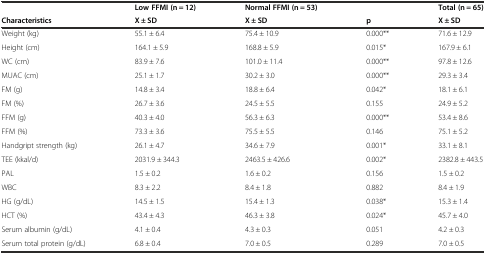
|  | Low FFMI (n = 12) | Normal FFMI (n = 53) |  | Total (n = 65) |
 | Characteristics | X ± SD | X ± SD | p | X ± SD |
 | --- | --- | --- | --- | --- |
 | Weight (kg) | 55.1 ± 6.4 | 75.4 ± 10.9 | 0.000** | 71.6 ± 12.9 |
 | Height (cm) | 164.1 ± 5.9 | 168.8 ± 5.9 | 0.015* | 167.9 ± 6.1 |
 | WC (cm) | 83.9 ± 7.6 | 101.0 ± 11.4 | 0.000** | 97.8 ± 12.6 |
 | MUAC (cm) | 25.1 ± 1.7 | 30.2 ± 3.0 | 0.000** | 29.3 ± 3.4 |
 | FM (g) | 14.8 ± 3.4 | 18.8 ± 6.4 | 0.042* | 18.1 ± 6.1 |
 | FM (%) | 26.7 ± 3.6 | 24.5 ± 5.5 | 0.155 | 24.9 ± 5.2 |
 | FFM (g) | 40.3 ± 4.0 | 56.3 ± 6.3 | 0.000** | 53.4 ± 8.6 |
 | FFM (%) | 73.3 ± 3.6 | 75.5 ± 5.5 | 0.146 | 75.1 ± 5.2 |
 | Handgript strength (kg) | 26.1 ± 4.7 | 34.6 ± 7.9 | 0.001* | 33.1 ± 8.1 |
 | TEE (kkal/d) | 2031.9 ± 344.3 | 2463.5 ± 426.6 | 0.002* | 2382.8 ± 443.5 |
 | PAL | 1.5 ± 0.2 | 1.6 ± 0.2 | 0.156 | 1.5 ± 0.2 |
 | WBC | 8.3 ± 2.2 | 8.4 ± 1.8 | 0.882 | 8.4 ± 1.9 |
 | HG (g/dL) | 14.5 ± 1.5 | 15.4 ± 1.3 | 0.038* | 15.3 ± 1.4 |
 | HCT (%) | 43.4 ± 4.3 | 46.3 ± 3.8 | 0.024* | 45.7 ± 4.0 |
 | Serum albumin (g/dL) | 4.1 ± 0.4 | 4.3 ± 0.3 | 0.051 | 4.2 ± 0.3 |
 | Serum total protein (g/dL) | 6.8 ± 0.4 | 7.0 ± 0.5 | 0.289 | 7.0 ± 0.5 |